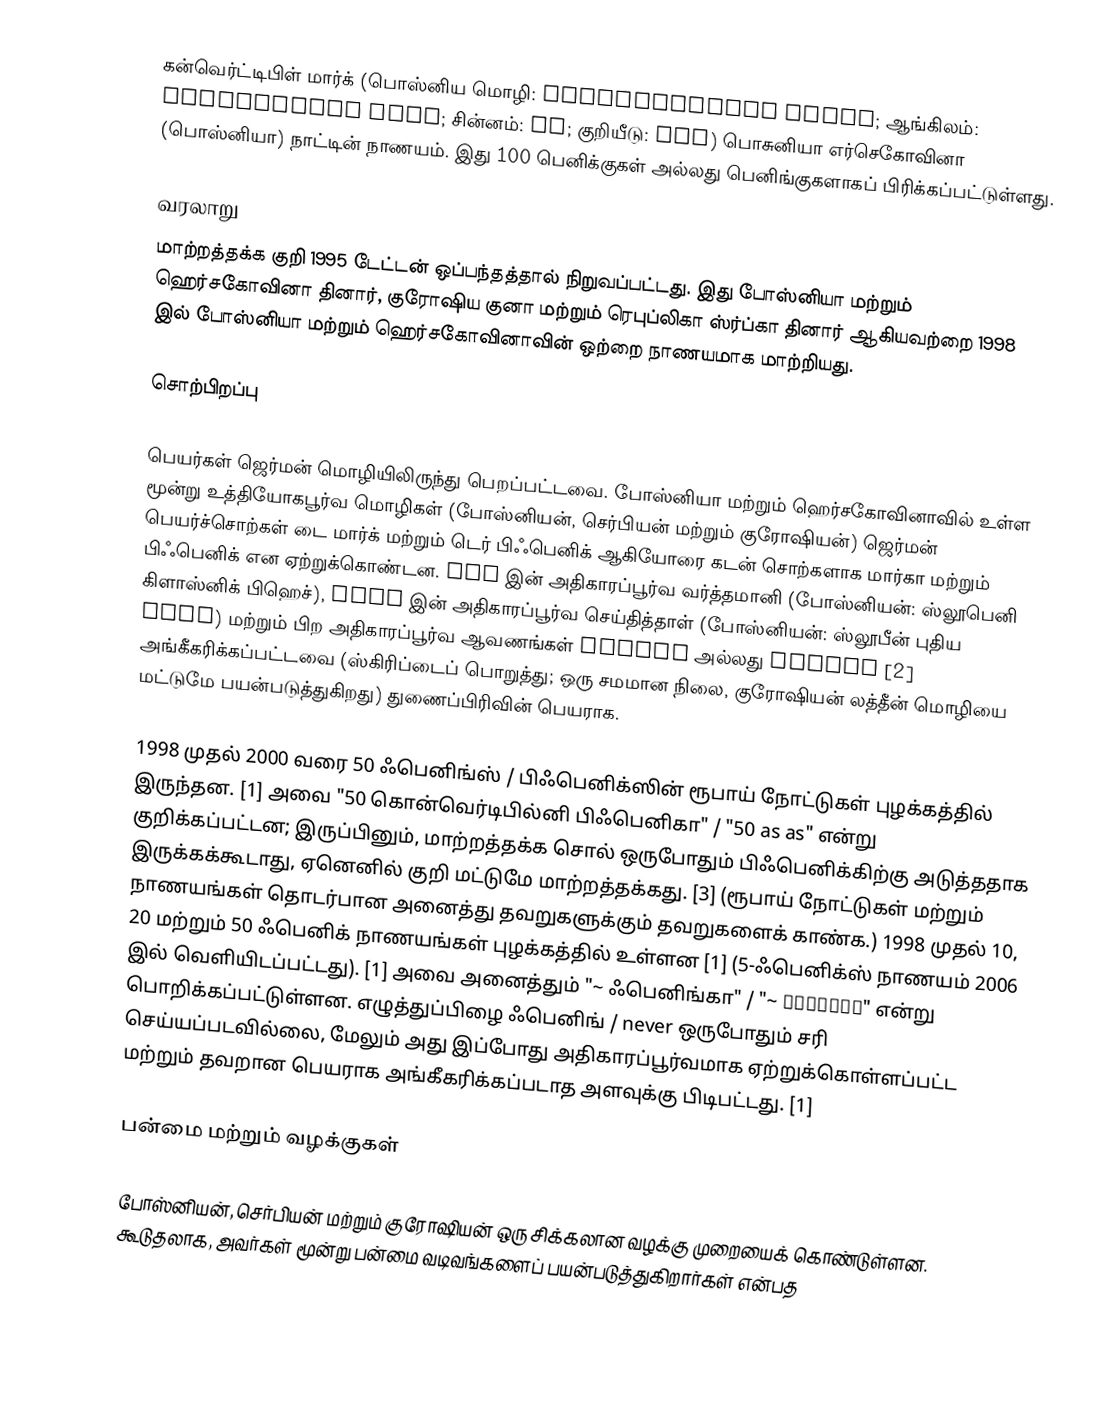
கன்வெர்ட்டிபிள் மார்க் (பொஸ்னிய மொழி: konvertibilna marka; ஆங்கிலம்: convertible mark; சின்னம்: KM; குறியீடு: BAM) பொசுனியா எர்செகோவினா (பொஸ்னியா) நாட்டின் நாணயம். இது 100 பெனிக்குகள் அல்லது பெனிங்குகளாகப் பிரிக்கப்பட்டுள்ளது.

வரலாறு
மாற்றத்தக்க குறி 1995 டேட்டன் ஒப்பந்தத்தால் நிறுவப்பட்டது. இது போஸ்னியா மற்றும் ஹெர்சகோவினா தினார், குரோஷிய குனா மற்றும் ரெபுப்லிகா ஸ்ர்ப்கா தினார் ஆகியவற்றை 1998 இல் போஸ்னியா மற்றும் ஹெர்சகோவினாவின் ஒற்றை நாணயமாக மாற்றியது.

சொற்பிறப்பு

பெயர்கள் ஜெர்மன் மொழியிலிருந்து பெறப்பட்டவை. போஸ்னியா மற்றும் ஹெர்சகோவினாவில் உள்ள மூன்று உத்தியோகபூர்வ மொழிகள் (போஸ்னியன், செர்பியன் மற்றும் குரோஷியன்) ஜெர்மன் பெயர்ச்சொற்கள் டை மார்க் மற்றும் டெர் பிஃபெனிக் ஆகியோரை கடன் சொற்களாக மார்கா மற்றும் பிஃபெனிக் என ஏற்றுக்கொண்டன. BiH இன் அதிகாரப்பூர்வ வர்த்தமானி (போஸ்னியன்: ஸ்லூபெனி கிளாஸ்னிக் பிஹெச்), FBiH இன் அதிகாரப்பூர்வ செய்தித்தாள் (போஸ்னியன்: ஸ்லூபீன் புதிய FBiH) மற்றும் பிற அதிகாரப்பூர்வ ஆவணங்கள் pfenig அல்லது пфениг [2] அங்கீகரிக்கப்பட்டவை (ஸ்கிரிப்டைப் பொறுத்து; ஒரு சமமான நிலை, குரோஷியன் லத்தீன் மொழியை மட்டுமே பயன்படுத்துகிறது) துணைப்பிரிவின் பெயராக.

1998 முதல் 2000 வரை 50 ஃபெனிங்ஸ் / பிஃபெனிக்ஸின் ரூபாய் நோட்டுகள் புழக்கத்தில் இருந்தன. [1] அவை "50 கொன்வெர்டிபில்னி பிஃபெனிகா" / "50 as as" என்று குறிக்கப்பட்டன; இருப்பினும், மாற்றத்தக்க சொல் ஒருபோதும் பிஃபெனிக்கிற்கு அடுத்ததாக இருக்கக்கூடாது, ஏனெனில் குறி மட்டுமே மாற்றத்தக்கது. [3] (ரூபாய் நோட்டுகள் மற்றும் நாணயங்கள் தொடர்பான அனைத்து தவறுகளுக்கும் தவறுகளைக் காண்க.) 1998 முதல் 10, 20 மற்றும் 50 ஃபெனிக் நாணயங்கள் புழக்கத்தில் உள்ளன [1] (5-ஃபெனிக்ஸ் நாணயம் 2006 இல் வெளியிடப்பட்டது). [1] அவை அனைத்தும் "~ ஃபெனிங்கா" / "~ фенинга" என்று பொறிக்கப்பட்டுள்ளன. எழுத்துப்பிழை ஃபெனிங் / never ஒருபோதும் சரி செய்யப்படவில்லை, மேலும் அது இப்போது அதிகாரப்பூர்வமாக ஏற்றுக்கொள்ளப்பட்ட மற்றும் தவறான பெயராக அங்கீகரிக்கப்படாத அளவுக்கு பிடிபட்டது. [1]

பன்மை மற்றும் வழக்குகள்

போஸ்னியன், செர்பியன் மற்றும் குரோஷியன் ஒரு சிக்கலான வழக்கு முறையைக் கொண்டுள்ளன. கூடுதலாக, அவர்கள் மூன்று பன்மை வடிவங்களைப் பயன்படுத்துகிறார்கள் என்பத